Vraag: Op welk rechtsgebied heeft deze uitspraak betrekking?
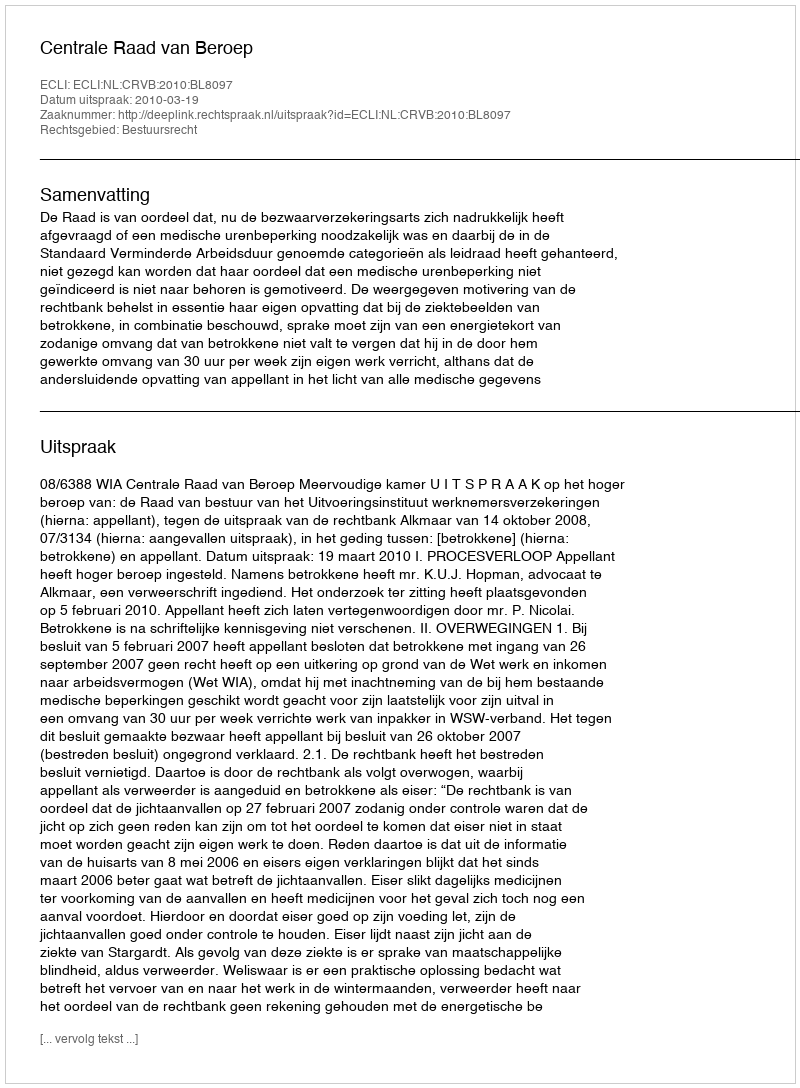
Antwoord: Bestuursrecht